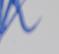
Signature authenticity: forged